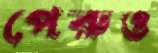
পেরুও